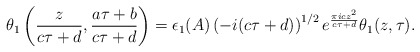
\begin{align*}\theta_1\left(\frac{z}{c\tau+d},\frac{a\tau+b}{c\tau+d}\right)=\epsilon_1(A)\left(-i(c\tau+d)\right)^{1/2}e^{\frac{\pi i c z^2}{c\tau+d}}\theta_1(z,\tau).\end{align*}